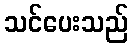
သင်ပေးသည်